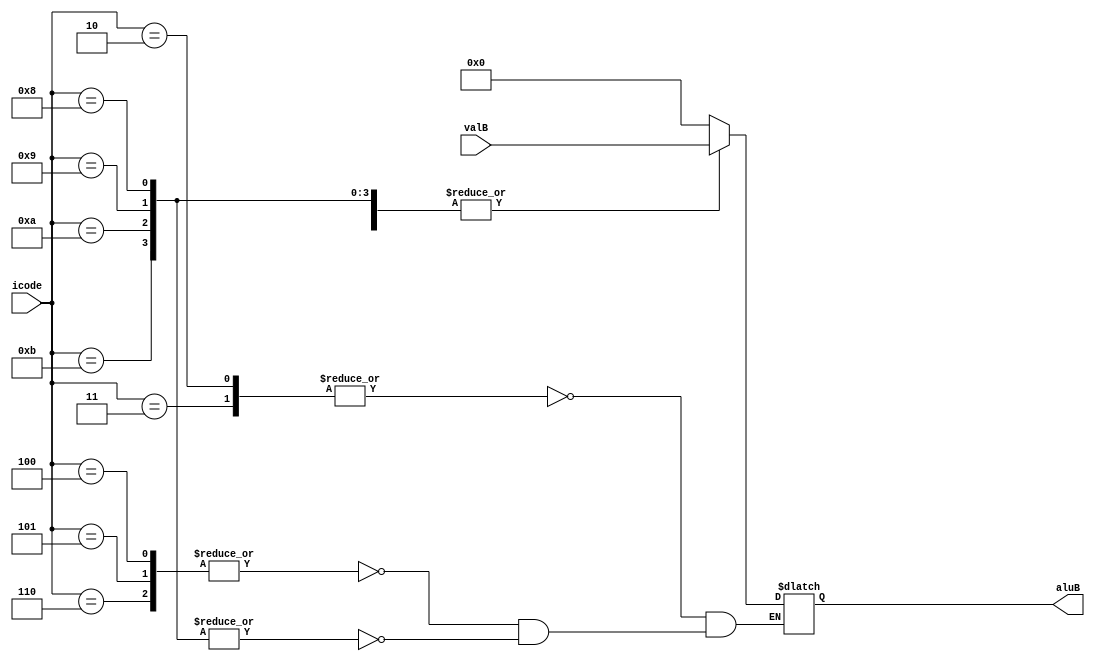
module ALU_B (
    input [3:0] icode,
    input [63:0] valB,  // rmmovq, mrmovq, ops
    output reg [63:0] aluB
);

    always @(*) begin
        case (icode)
            // rrmovq(rA+0), irmovq(valC+0) 
            4'h2, 4'h3: aluB = {64{1'b0}};
            // rmmovq, mrmovq, ops
            4'h4, 4'h5, 4'h6: aluB = valB;
            // call, ret, pushq, popq
            4'h8, 4'h9, 4'hA, 4'hB: aluB = valB;
            default: aluB = aluB;
        endcase
    end
endmodule